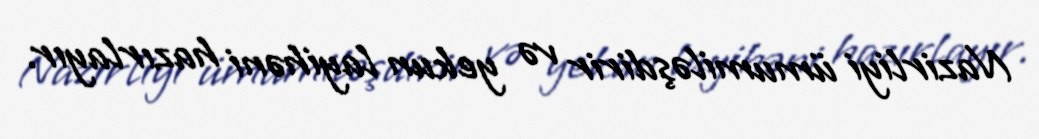
Nazirliyi ümumiləşdirir və yekun layihəni hazırlayır.